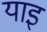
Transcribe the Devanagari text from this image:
याइ